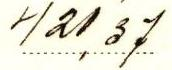
421,37